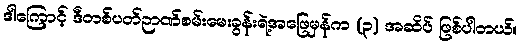
ဒါကြောင့် ဒီတစ်ပတ်ဉာဏ်စမ်းမေးခွန်းရဲ့အဖြေမှန်က (၃) အဆိပ် ဖြစ်ပါတယ်။